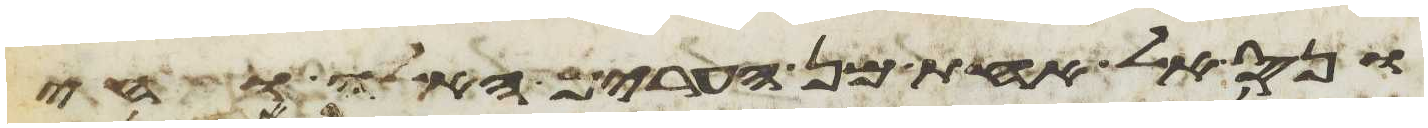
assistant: ונס אל אחת מן הערים האלה וחי